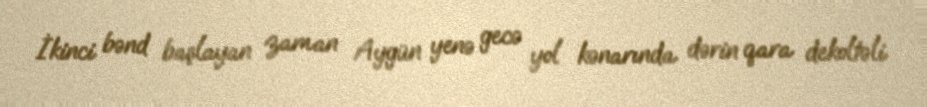
İkinci bənd başlayan zaman Aygün yenə gecə yol kənarında dərin qara dekoltəli